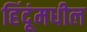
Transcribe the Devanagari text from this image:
हिंदूंमधील